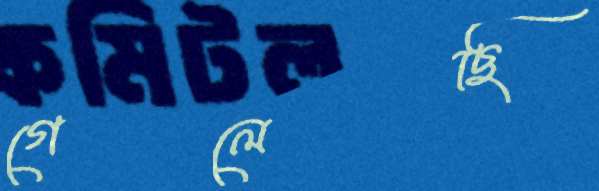
গেলেছি